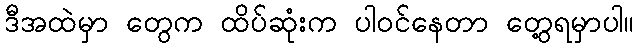
ဒီအထဲမှာ တွေက ထိပ်ဆုံးက ပါဝင်နေတာ တွေ့ရမှာပါ။